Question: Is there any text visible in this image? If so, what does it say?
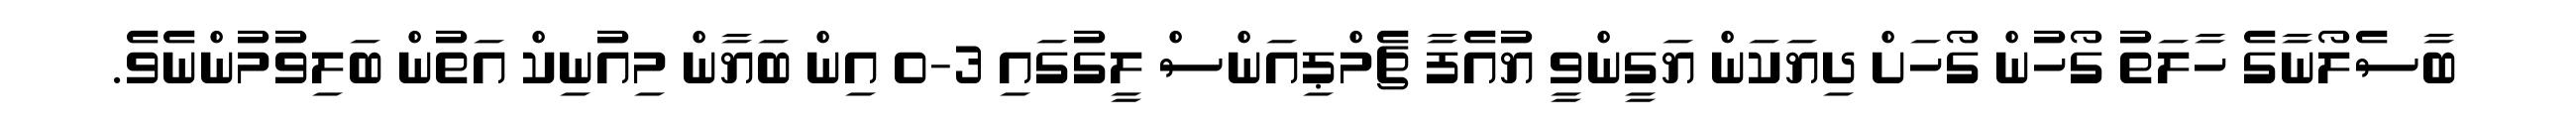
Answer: ބާސެލޯނާގެ ހާލަތު ގޯހުން ގޯހަށް ދިޔަކަން ޔަގީންވީ ޔުއެފާ ޗެމްޕިއަންސް ލީގުގައި 3-0 އިން ބަޔާން މިއުނިކް އަތުން ބަލިވުމުންނެވެ.